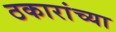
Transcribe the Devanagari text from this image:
ठकारांच्या